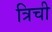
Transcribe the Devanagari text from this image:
त्रिची